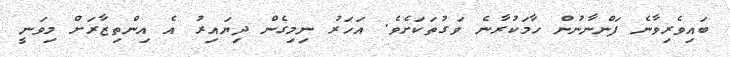
ބައިވެރިވާނެ ފަންނާނުން ހާމަކުރާނެ ވަގުތަކަށެވެ. އަހަރު ނިމިގެން ދިޔައިރު އެ އިންތިޒާރަށް މިވަނީ